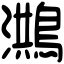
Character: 𪃡